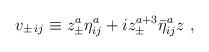
LaTeX: \begin{align*}v_{\pm\,ij}\equiv z_{\pm}^a {\eta}^a_{ij}+i z_{\pm}^{a+3}{\bar \eta}^a_{ij}z\ ,\end{align*}